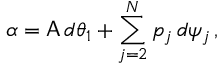
\alpha = \mathsf { A } \, d \theta _ { 1 } + \sum _ { j = 2 } ^ { N } p _ { j } \, d \psi _ { j } \, ,